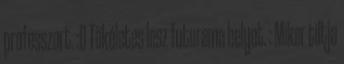
professzort. :D Tökéletes lesz futurama helyet. : Mikor tiltja